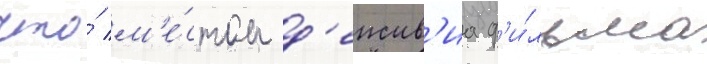
что́ м'е́стом д'еиств'иа ф'и́льма